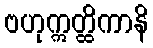
ဗဟုဣတ္ထိကာနိ